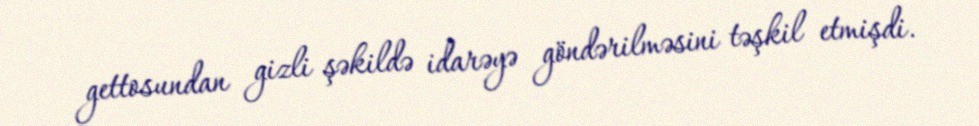
gettosundan gizli şəkildə idarəyə göndərilməsini təşkil etmişdi.